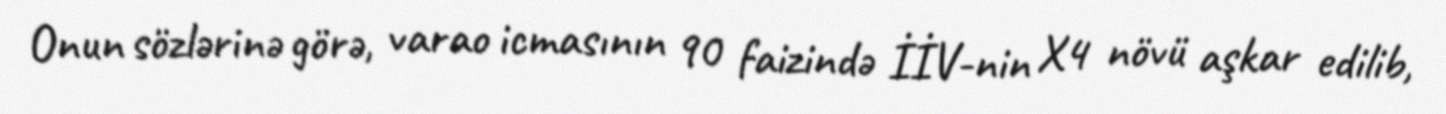
Onun sözlərinə görə, varao icmasının 90 faizində İİV-nin X4 növü aşkar edilib,